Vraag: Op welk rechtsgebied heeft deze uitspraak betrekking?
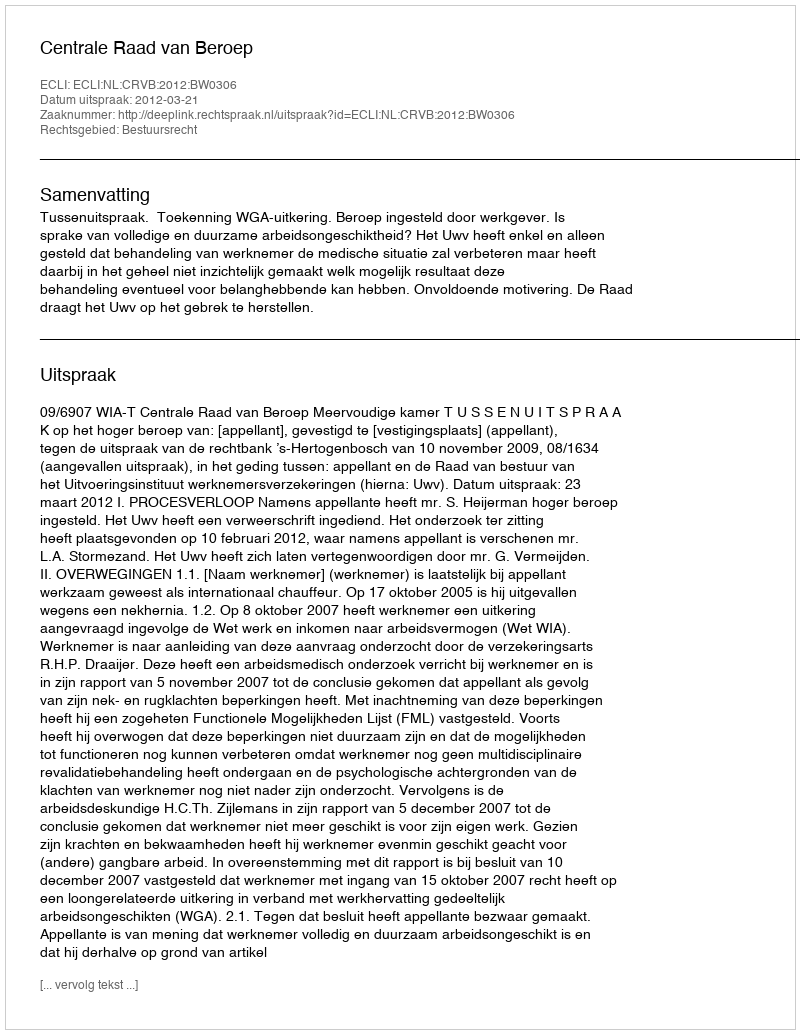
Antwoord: Bestuursrecht